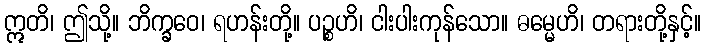
ဣတိ၊ ဤသို့။ ဘိက္ခဝေ၊ ရဟန်းတို့။ ပဉ္စဟိ၊ ငါးပါးကုန်သော။ ဓမ္မေဟိ၊ တရားတို့နှင့်။